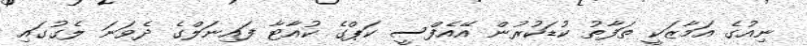
ނިއުގެ އަމާޒަކީ ތަފާތު ކުޑަކުރުން އޭއެފްސީ ކަޕްގެ ކުއާޓާ ފައިނަލްގެ ދެވަނަ ލެގުގައި